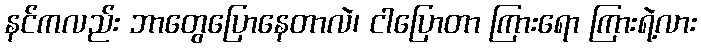
နင်ကလည်း ဘာတွေပြောနေတာလဲ၊ ငါပြောတာ ကြားရော ကြားရဲ့လား